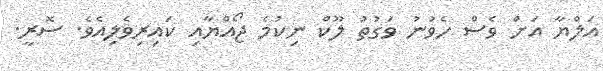
އަލްޔާ އަށް ވެސް ހެވުނު ވަގުތު ލޫކް ނިކުމެ ޖޯއްޔާއި ކައިރިވެލިއެވެ. ސޮރީ.